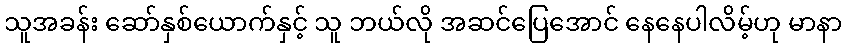
သူအခန်း ဆော်နှစ်ယောက်နှင့် သူ ဘယ်လို အဆင်ပြေအောင် နေနေပါလိမ့်ဟု မာနာ